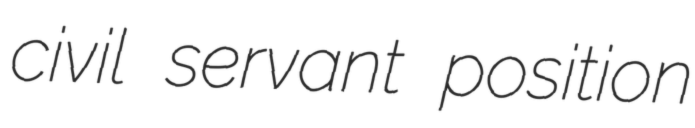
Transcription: civil servant position